Indian journal of veterinary science and animal husbandry - Volume 5,
Year: 1935
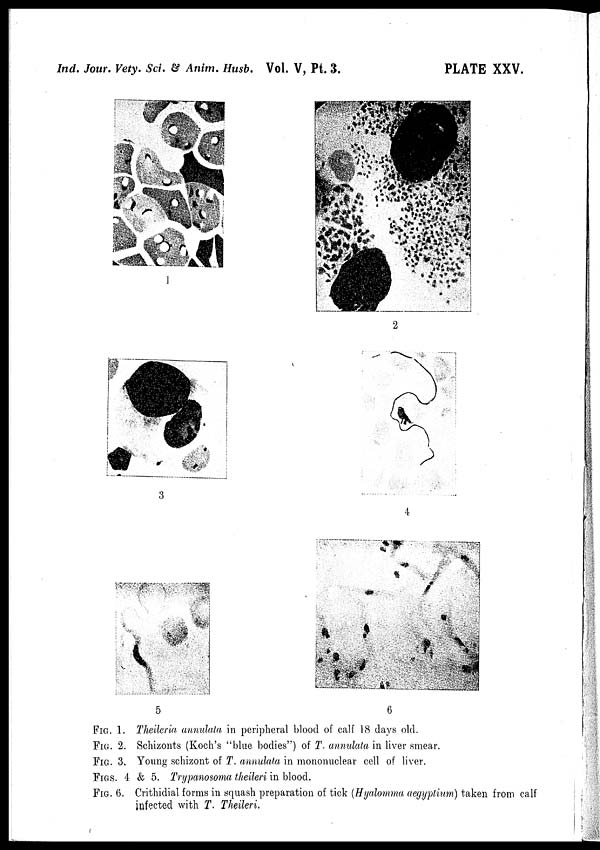
Ind. Jour. Vety. Sci. & Anim. Husb. Vol. V, Pt. 3.
PLATE XXV.
1
2
3
4
5
6
FIG. 1. Theileria annulata in peripheral blood of calf 18 days old.
FIG. 2. Schizonts (Koch's "blue bodies") of T. annulata in liver smear.
FIG. 3. Young schizont of T. annulata in mononuclear cell of liver.
FIGS. 4 & 5. Trypanosoma theileri in blood.
FIG. 6. Crithidial forms in squash preparation of tick (Hyalomma aegyptium) taken from calf
infected with T. Theileri.